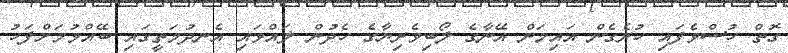
ގޮތް ހުސްވެފައި ހުރެގެން އައިމަން އޭނާގެ ލޯބިވެރިޔާގެ ހެދުން ލައްވައި އެނދުމަތީގައި ބޭއްވުމަށްފަހު